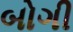
બોગી